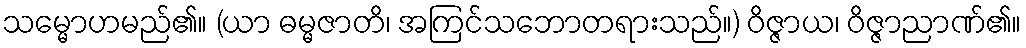
သမ္မောဟမည်၏။ (ယာ ဓမ္မဇာတိ၊ အကြင်သဘောတရားသည်။) ဝိဇ္ဇာယ၊ ဝိဇ္ဇာညာဏ်၏။